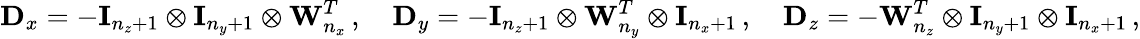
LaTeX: \mathbf D_{x}=-\mathbf I_{n_{z}+1}\otimes\mathbf I_{n_{y}+1}\otimes\mathbf W_{n_{x}}^{T}\, ,\quad\mathbf D_{y}=-\mathbf I_{n_{z}+1}\otimes\mathbf W_{n_{y}}^{T}\otimes\mathbf I_{n_{x}+1}\, ,\quad\mathbf D_{z}=-\mathbf W_{n_{z}}^{T}\otimes\mathbf I_{n_{y}+1}\otimes\mathbf I_{n_{x}+1}\, ,